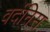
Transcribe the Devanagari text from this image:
वर्देनिस